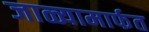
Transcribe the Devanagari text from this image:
जाळ्यामार्फत